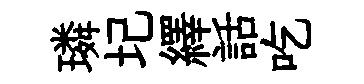
璘圮繹話吃